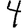
Digit: 4